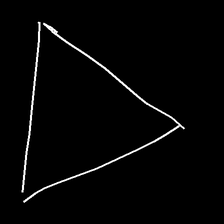
Glyph: convergence